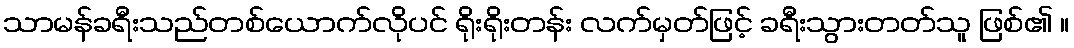
သာမန်ခရီးသည်တစ်ယောက်လိုပင် ရိုးရိုးတန်း လက်မှတ်ဖြင့် ခရီးသွားတတ်သူ ဖြစ်၏ ။